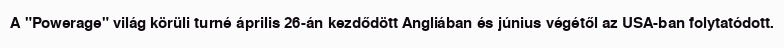
A "Powerage" világ körüli turné április 26-án kezdődött Angliában és június végétől az USA-ban folytatódott.